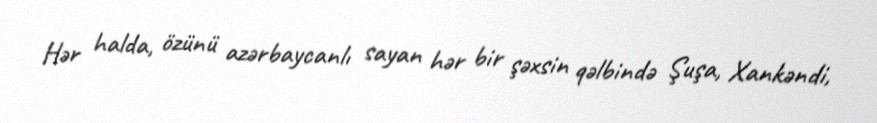
Hər halda, özünü azərbaycanlı sayan hər bir şəxsin qəlbində Şuşa, Xankəndi,